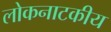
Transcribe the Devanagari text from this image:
लोकनाटकीय